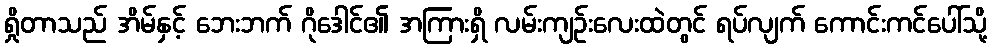
ရှိုတာသည် အိမ်နှင့် ဘေးဘက် ဂိုဒေါင်၏ အကြားရှိ လမ်းကျဉ်းလေးထဲတွင် ရပ်လျက် ကောင်းကင်ပေါ်သို့